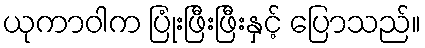
ယုကာဝါက ပြုံးဖြီးဖြီးနှင့် ပြောသည်။